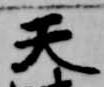
天